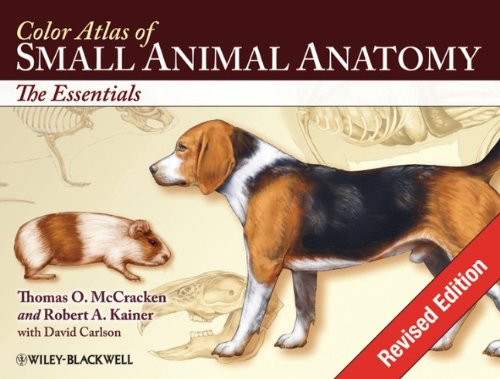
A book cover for Color Atlas of Small Animal Anatomy: The Essentials; Thomas O. McCracken; Medical Books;